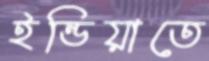
ইন্ডিয়াতে